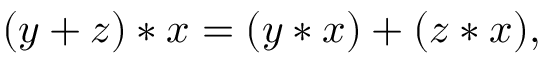
( y + z ) * x = ( y * x ) + ( z * x ) ,